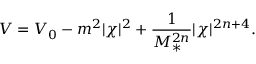
V = V _ { 0 } - m ^ { 2 } | \chi | ^ { 2 } + \frac { 1 } { M _ { * } ^ { 2 n } } | \chi | ^ { 2 n + 4 } .